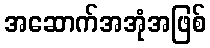
အဆောက်အအုံအဖြစ်